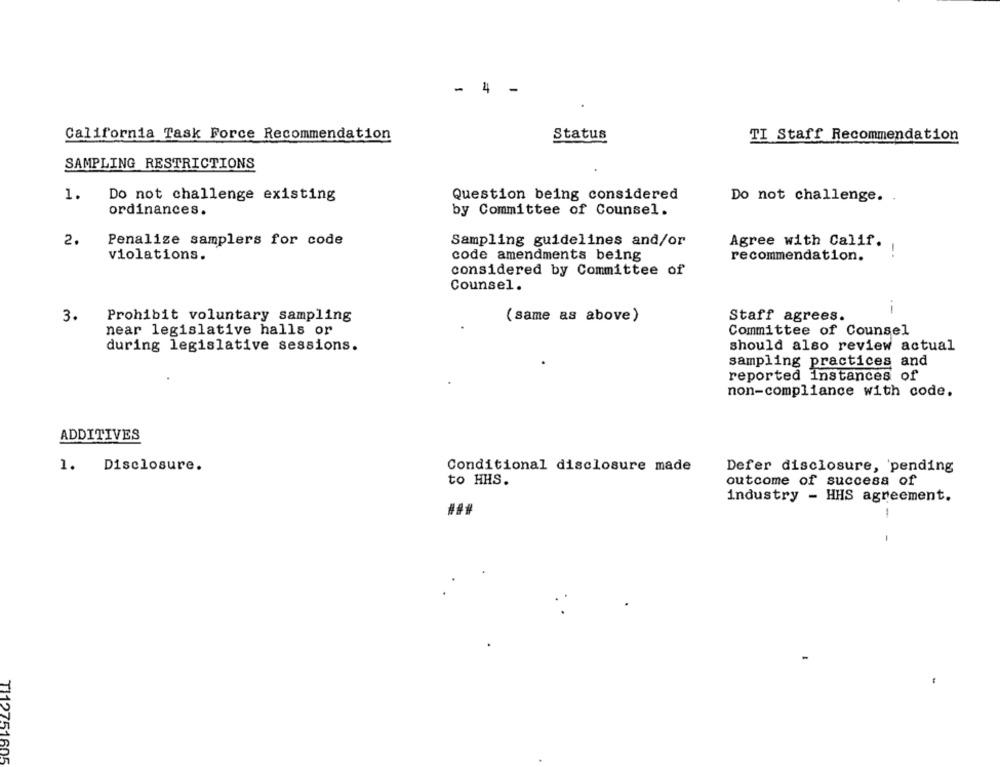
- 4
-
California Task Force Recommendation
Status
TI Staff Recommendation
SAMPLING RESTRICTIONS
1.
Do not challenge existing
Question being considered
Do not challenge.
ordinances.
by Committee of Counsel.
2.
Penalize samplers for code
Sampling guidelines and/or
Agree with Calif.
!
violations.
code amendments being
recommendation.
considered by Committee of
Counsel .
--
3.
Prohibit voluntary sampling
(same as above)
Staff agrees.
Committee of Counsel
near legislative halls or
during legislative sessions.
should also review actual
sampling practices and
reported instances of
non-compliance with code.
ADDITIVES
Disclosure.
Conditional disclosure made
Defer disclosure, 'pending
1.
to HHS.
outcome of success of
industry - HHS agreement.
--
TI12751605